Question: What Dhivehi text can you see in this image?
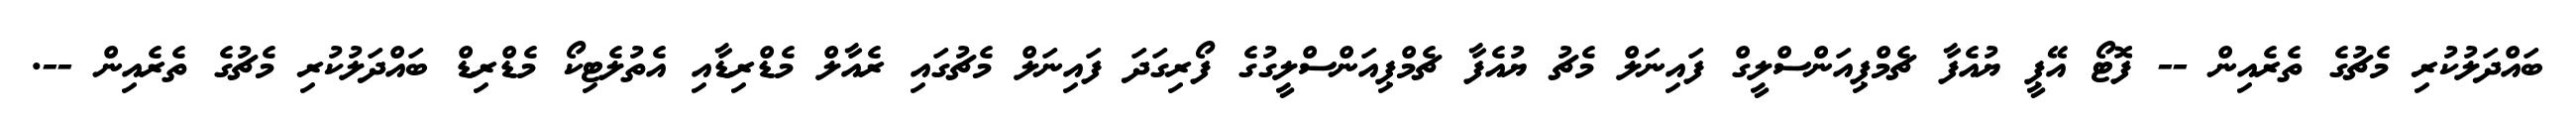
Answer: ބައްދަލުކުރި މެޗުގެ ތެރެއިން -- ފޮޓޯ އޭޕީ ޔުއެފާ ޗެމްޕިއަންސްލީގް ފައިނަލް މެޗު ޔުއެފާ ޗެމްޕިއަންސްލީގުގެ ފޯރިގަދަ ފައިނަލް މެޗުގައި ރެއާލް މެޑްރިޑާއި އެތުލެޓިކޯ މެޑްރިޑް ބައްދަލުކުރި މެޗުގެ ތެރެއިން --.